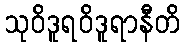
သုဝိဒူရဝိဒူရာနီတိ